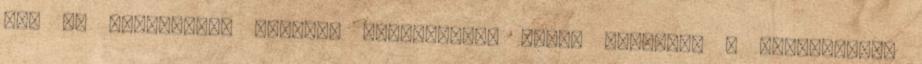
Önt az anyaország bármely szervezete, cége, személye a munkájában?